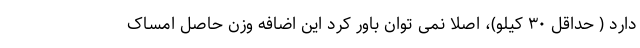
دارد ( حداقل ۳۰ کیلو)، اصلا نمی توان باور کرد این اضافه وزن حاصل امساک